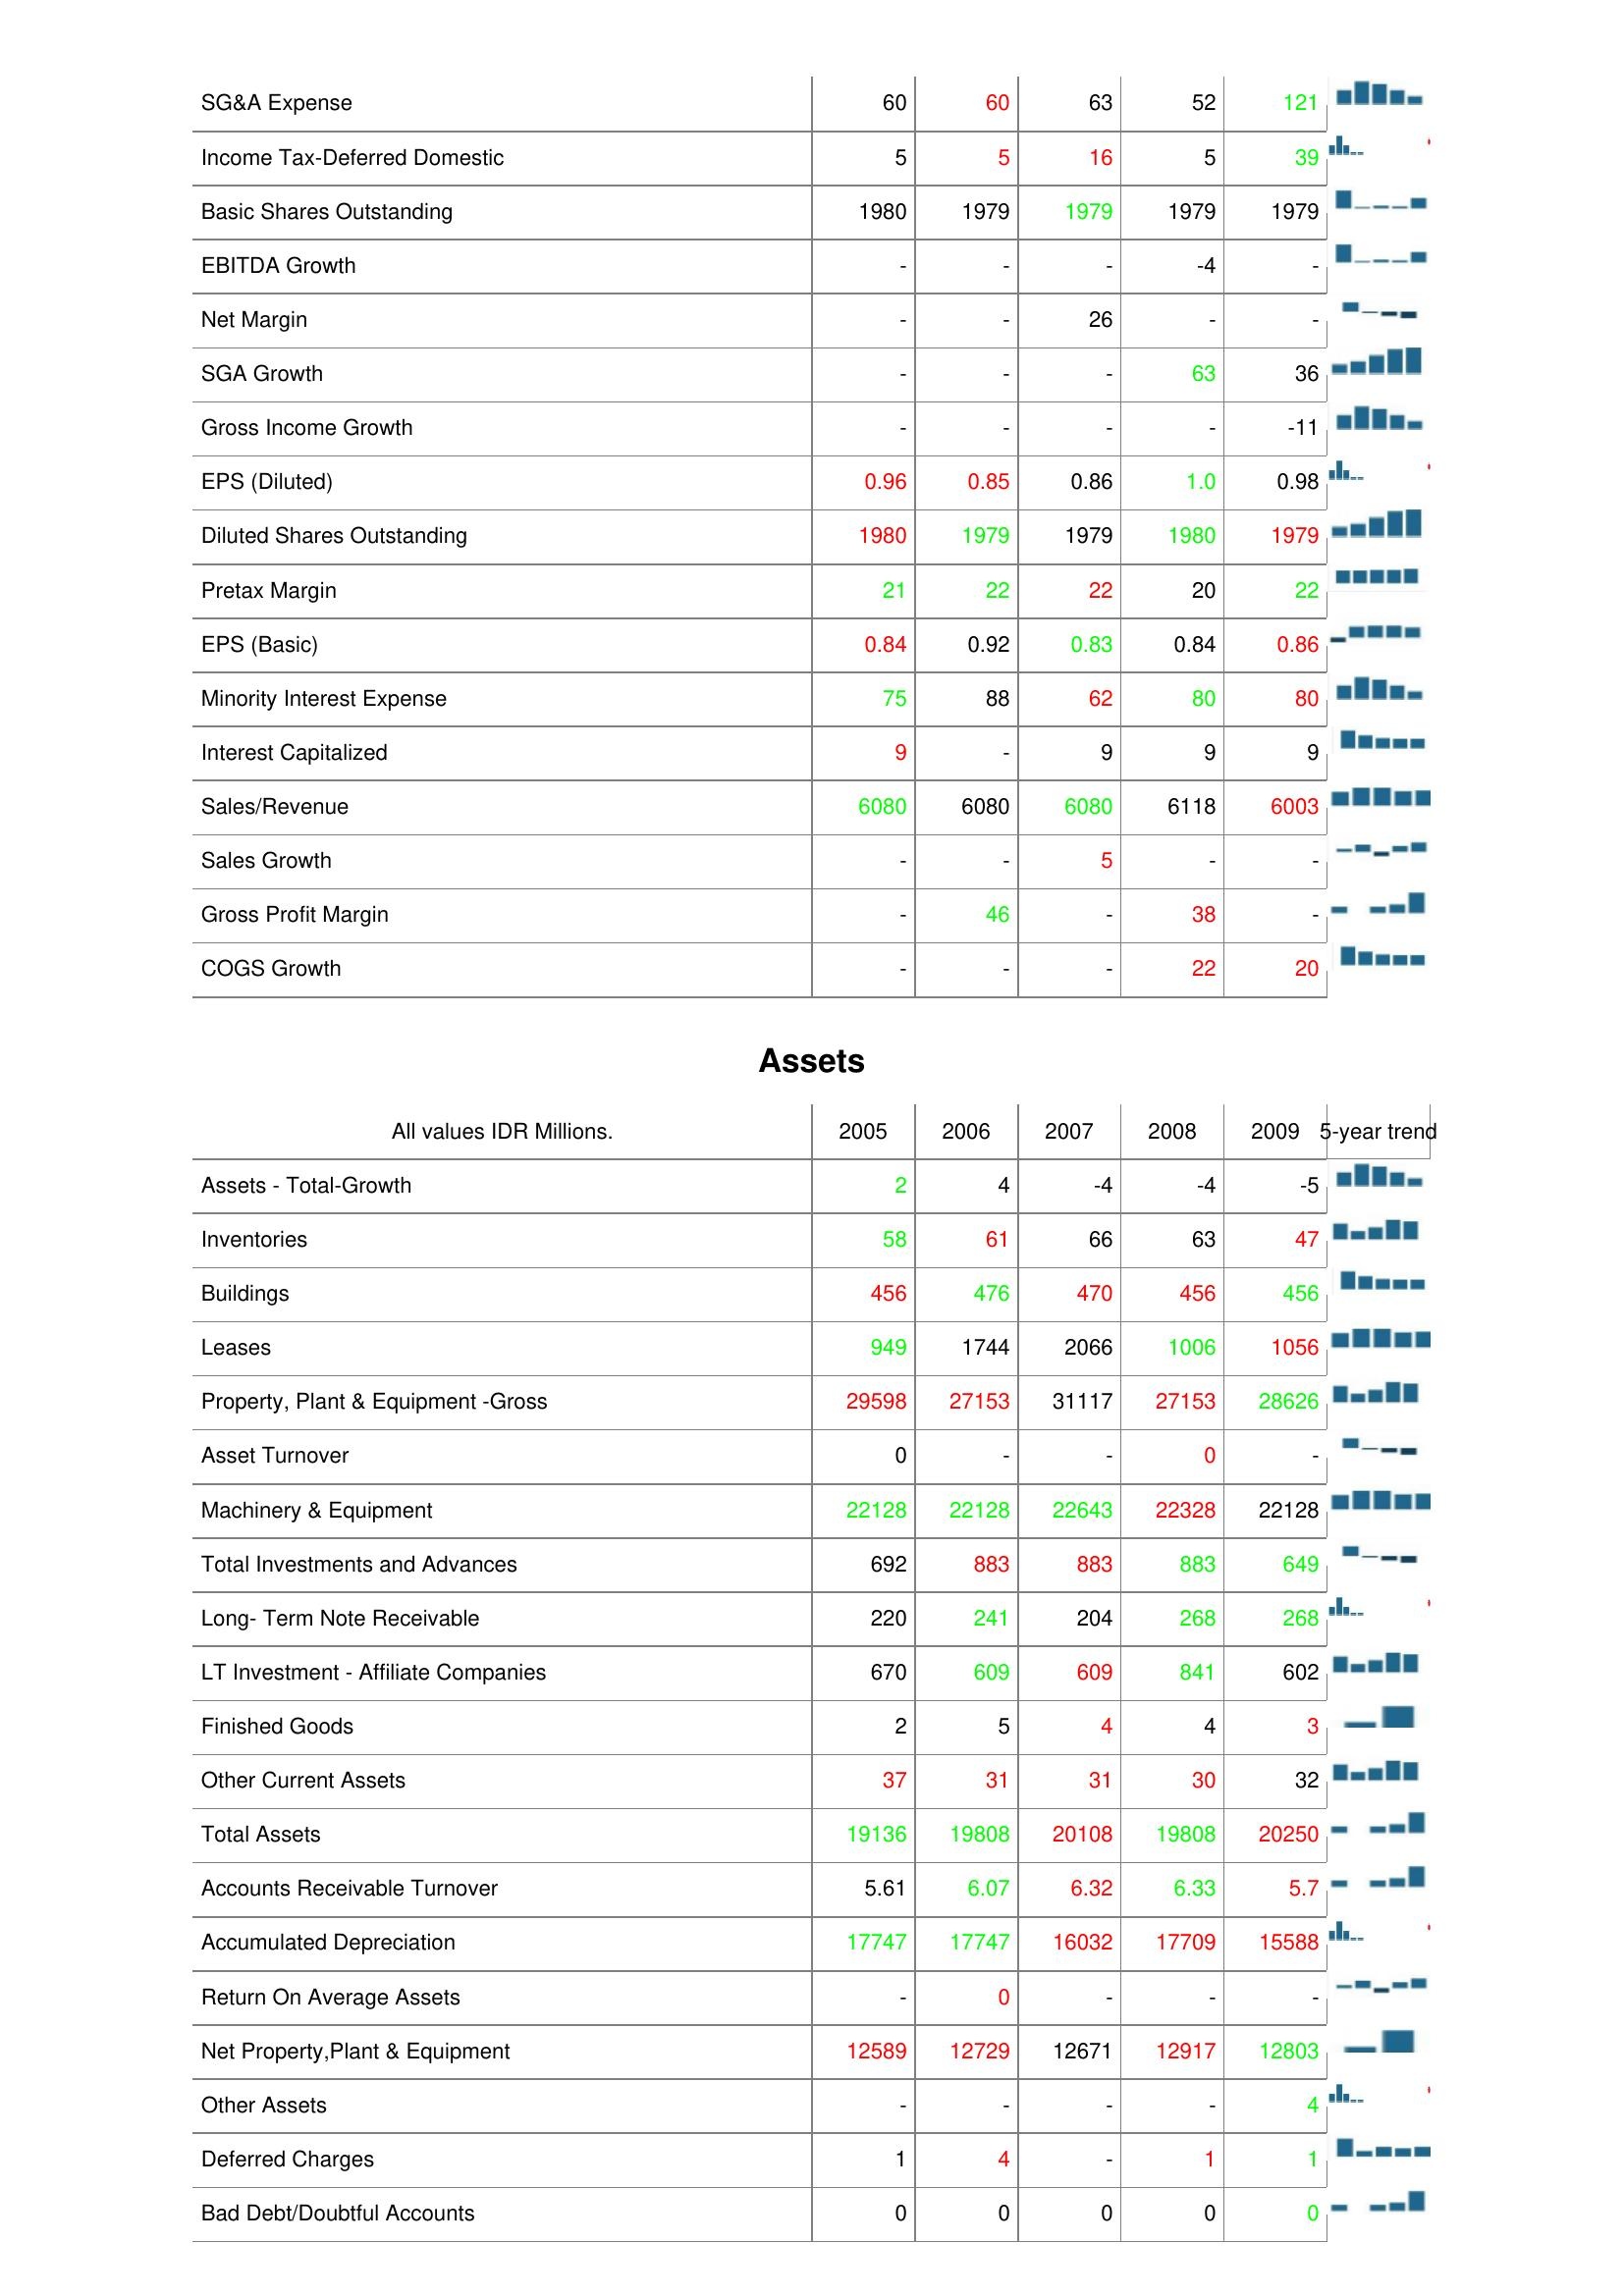
2005: : SG&A Expense: 60
Income Tax-Deferred Domestic: 5
Basic Shares Outstanding: 1980
EBITDA Growth: -
Net Margin: -
SGA Growth: -
Gross Income Growth: -
EPS (Diluted): 0.96
Diluted Shares Outstanding: 1980
Pretax Margin: 21
EPS (Basic): 0.84
Minority Interest Expense: 75
Interest Capitalized: 9
Sales/Revenue: 6080
Sales Growth: -
Gross Profit Margin: -
COGS Growth: -
Assets: Assets - Total-Growth: 2
Inventories: 58
Buildings: 456
Leases: 949
Property, Plant & Equipment -Gross: 29598
Asset Turnover: 0
Machinery & Equipment: 22128
Total Investments and Advances: 692
Long- Term Note Receivable: 220
LT Investment - Affiliate Companies: 670
Finished Goods: 2
Other Current Assets: 37
Total Assets: 19136
Accounts Receivable Turnover: 5.61
Accumulated Depreciation: 17747
Return On Average Assets: -
Net Property,Plant & Equipment: 12589
Other Assets: -
Deferred Charges: 1
Bad Debt/Doubtful Accounts: 0
2006: : SG&A Expense: 60
Income Tax-Deferred Domestic: 5
Basic Shares Outstanding: 1979
EBITDA Growth: -
Net Margin: -
SGA Growth: -
Gross Income Growth: -
EPS (Diluted): 0.85
Diluted Shares Outstanding: 1979
Pretax Margin: 22
EPS (Basic): 0.92
Minority Interest Expense: 88
Interest Capitalized: -
Sales/Revenue: 6080
Sales Growth: -
Gross Profit Margin: 46
COGS Growth: -
Assets: Assets - Total-Growth: 4
Inventories: 61
Buildings: 476
Leases: 1744
Property, Plant & Equipment -Gross: 27153
Asset Turnover: -
Machinery & Equipment: 22128
Total Investments and Advances: 883
Long- Term Note Receivable: 241
LT Investment - Affiliate Companies: 609
Finished Goods: 5
Other Current Assets: 31
Total Assets: 19808
Accounts Receivable Turnover: 6.07
Accumulated Depreciation: 17747
Return On Average Assets: 0
Net Property,Plant & Equipment: 12729
Other Assets: -
Deferred Charges: 4
Bad Debt/Doubtful Accounts: 0
2007: : SG&A Expense: 63
Income Tax-Deferred Domestic: 16
Basic Shares Outstanding: 1979
EBITDA Growth: -
Net Margin: 26
SGA Growth: -
Gross Income Growth: -
EPS (Diluted): 0.86
Diluted Shares Outstanding: 1979
Pretax Margin: 22
EPS (Basic): 0.83
Minority Interest Expense: 62
Interest Capitalized: 9
Sales/Revenue: 6080
Sales Growth: 5
Gross Profit Margin: -
COGS Growth: -
Assets: Assets - Total-Growth: -4
Inventories: 66
Buildings: 470
Leases: 2066
Property, Plant & Equipment -Gross: 31117
Asset Turnover: -
Machinery & Equipment: 22643
Total Investments and Advances: 883
Long- Term Note Receivable: 204
LT Investment - Affiliate Companies: 609
Finished Goods: 4
Other Current Assets: 31
Total Assets: 20108
Accounts Receivable Turnover: 6.32
Accumulated Depreciation: 16032
Return On Average Assets: -
Net Property,Plant & Equipment: 12671
Other Assets: -
Deferred Charges: -
Bad Debt/Doubtful Accounts: 0
2008: : SG&A Expense: 52
Income Tax-Deferred Domestic: 5
Basic Shares Outstanding: 1979
EBITDA Growth: -4
Net Margin: -
SGA Growth: 63
Gross Income Growth: -
EPS (Diluted): 1.0
Diluted Shares Outstanding: 1980
Pretax Margin: 20
EPS (Basic): 0.84
Minority Interest Expense: 80
Interest Capitalized: 9
Sales/Revenue: 6118
Sales Growth: -
Gross Profit Margin: 38
COGS Growth: 22
Assets: Assets - Total-Growth: -4
Inventories: 63
Buildings: 456
Leases: 1006
Property, Plant & Equipment -Gross: 27153
Asset Turnover: 0
Machinery & Equipment: 22328
Total Investments and Advances: 883
Long- Term Note Receivable: 268
LT Investment - Affiliate Companies: 841
Finished Goods: 4
Other Current Assets: 30
Total Assets: 19808
Accounts Receivable Turnover: 6.33
Accumulated Depreciation: 17709
Return On Average Assets: -
Net Property,Plant & Equipment: 12917
Other Assets: -
Deferred Charges: 1
Bad Debt/Doubtful Accounts: 0
2009: : SG&A Expense: 121
Income Tax-Deferred Domestic: 39
Basic Shares Outstanding: 1979
EBITDA Growth: -
Net Margin: -
SGA Growth: 36
Gross Income Growth: -11
EPS (Diluted): 0.98
Diluted Shares Outstanding: 1979
Pretax Margin: 22
EPS (Basic): 0.86
Minority Interest Expense: 80
Interest Capitalized: 9
Sales/Revenue: 6003
Sales Growth: -
Gross Profit Margin: -
COGS Growth: 20
Assets: Assets - Total-Growth: -5
Inventories: 47
Buildings: 456
Leases: 1056
Property, Plant & Equipment -Gross: 28626
Asset Turnover: -
Machinery & Equipment: 22128
Total Investments and Advances: 649
Long- Term Note Receivable: 268
LT Investment - Affiliate Companies: 602
Finished Goods: 3
Other Current Assets: 32
Total Assets: 20250
Accounts Receivable Turnover: 5.7
Accumulated Depreciation: 15588
Return On Average Assets: -
Net Property,Plant & Equipment: 12803
Other Assets: 4
Deferred Charges: 1
Bad Debt/Doubtful Accounts: 0